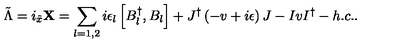
{ \tilde { \Lambda } } = i _ { \tilde { x } } { \bf X } = \sum _ { l = 1 , 2 } i \epsilon _ { l } \left[ B _ { l } ^ { \dagger } , B _ { l } \right] + J ^ { \dagger } \left( - v + i \epsilon \right) J - I v I ^ { \dagger } - h . c . .